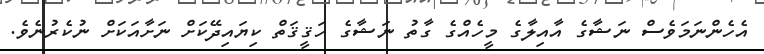
އެހެންނަމަވެސް ނަޝާގެ އާއިލާގެ މީހެއްގެ ގާތު ނަޝާގެ ހަޤީޤަތް ކިޔައިދޭކަށް ނަށާއަކަށް ނުކެރުނެވެ.